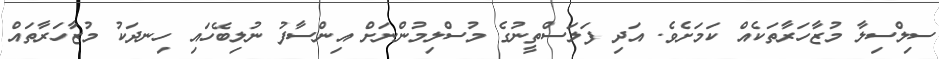
ސިލްސިލާ މުޒާހަރާތަކެއް ކަމަށެވެ. އަދި ފަލަސްތީނުގެ މުސްލިމުންނަށް އިންސާފު ނުލިބޭހައި ހިނދަކު މުޒާހަރާތައް